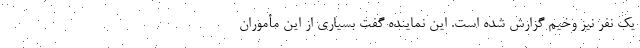
یک نفر نیز وخیم گزارش شده است. این نماینده گفت بسیاری از این مأموران